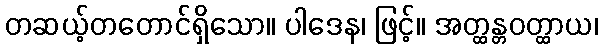
တဆယ့်တတောင်ရှိသော။ ပါဒေန၊ ဖြင့်။ အတ္ထန္တဝတ္ထာယ၊